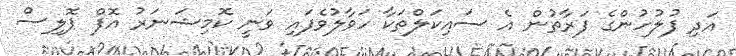
އަދި ފުލުހުންގެ ފަރާތުން އެ ސައިކަލްތަކާ ހަވާލުވެފައި ވަނީ ކޮމިޝަނަރު އޮފް ޕޮލިސް